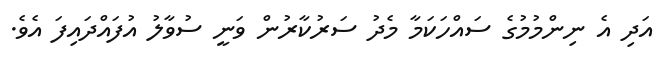
އަދި އެ ނިންމުމުގެ ސައްހަކަމާ މެދު ސަރުކާރުން ވަނީ ސުވާލު އުފައްދައިފަ އެވެ.